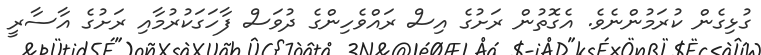
ގުޅިގެން ކުރަމުންނެވެ. އެގޮތުން ރަށުގެ އިސް ރައްވެހިންގެ ދުވަސް ފާހަގަކުރުމާއި ރަށުގެ އާސާރީ